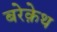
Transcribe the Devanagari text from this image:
बरेक़ेथ